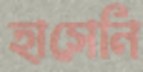
হাসেনি